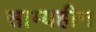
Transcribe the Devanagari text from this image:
साम्यहीन